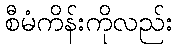
စီမံကိန်းကိုလည်း